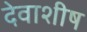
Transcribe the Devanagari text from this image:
देवाशीष